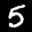
Label: 5